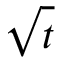
\sqrt { t }